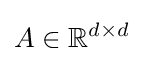
A\in \mathbb {R} ^{d\times d}